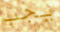
يجب